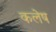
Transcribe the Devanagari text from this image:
कलेष